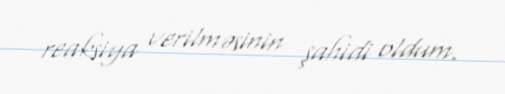
reaksiya verilməsinin şahidi oldum.